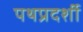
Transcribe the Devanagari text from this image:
पथप्रदर्शी